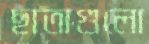
ছাতাগুলো